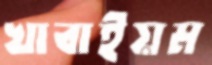
খাবাইয়ম